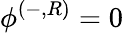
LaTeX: \phi^{(-,R)}=0